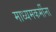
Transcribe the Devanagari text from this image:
माध्यमकर्मीना